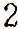
2